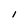
Character: I